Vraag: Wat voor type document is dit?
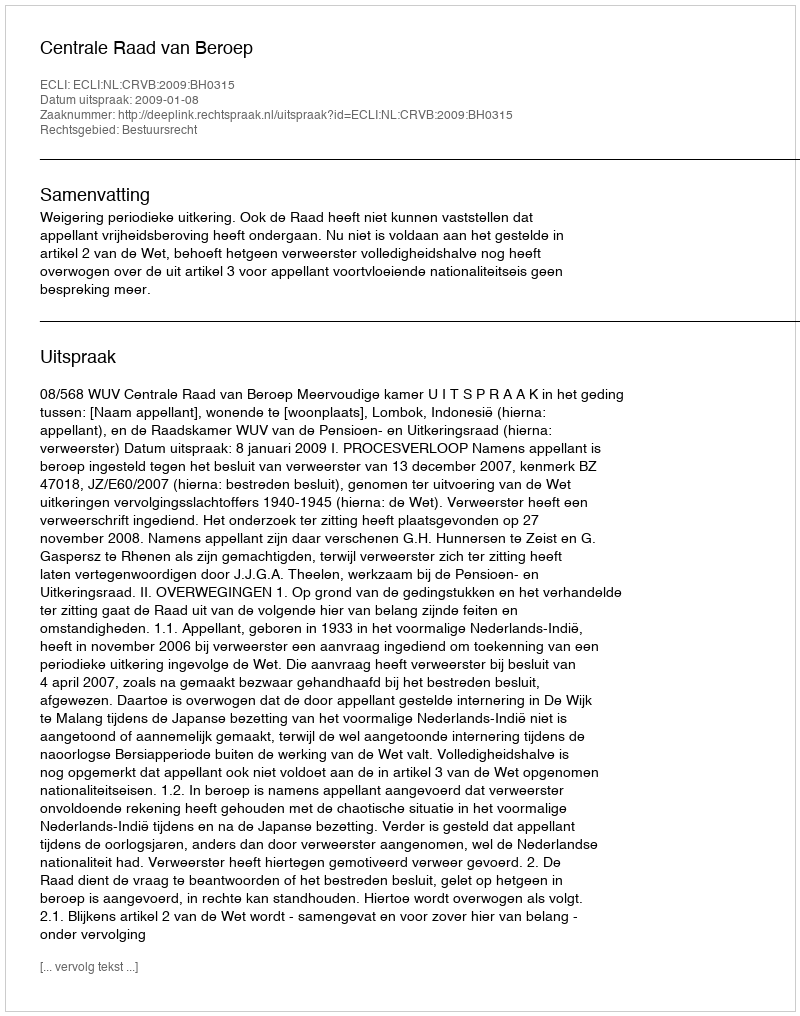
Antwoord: Uitspraak